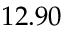
1 2 . 9 0